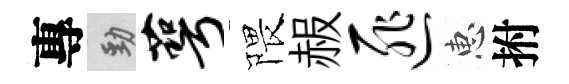
專勁萼隈赧匪惠拊